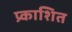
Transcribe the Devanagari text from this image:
प्र्काशित